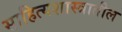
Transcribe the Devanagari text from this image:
साहित्यशास्त्रातील